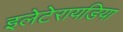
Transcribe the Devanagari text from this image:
इलेटेरायडिया